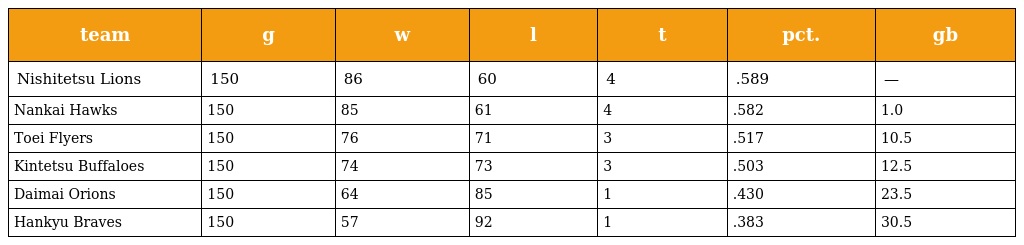
| team | g | w | l | t | pct. | gb |
 | --- | --- | --- | --- | --- | --- | --- |
 | Nishitetsu Lions | 150 | 86 | 60 | 4 | .589 | — |
 | Nankai Hawks | 150 | 85 | 61 | 4 | .582 | 1.0 |
 | Toei Flyers | 150 | 76 | 71 | 3 | .517 | 10.5 |
 | Kintetsu Buffaloes | 150 | 74 | 73 | 3 | .503 | 12.5 |
 | Daimai Orions | 150 | 64 | 85 | 1 | .430 | 23.5 |
 | Hankyu Braves | 150 | 57 | 92 | 1 | .383 | 30.5 |